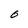
Character: O